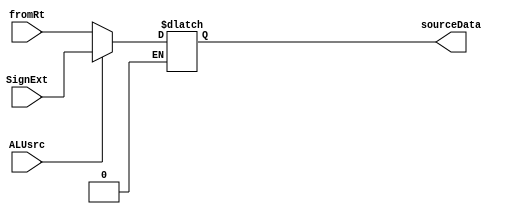
module SelectALUSource(sourceData,fromRt,SignExt,ALUsrc);
                       //this module selects the data to send ALU
output [31:0] sourceData;
input [31:0] fromRt,SignExt;
input ALUsrc;

reg [31:0] sourceData;

always @(*)begin

	if(ALUsrc == 1'b0)begin
		sourceData =fromRt;
	end
	if(ALUsrc == 1'b1)begin
		sourceData =SignExt;
	end
end

endmodule